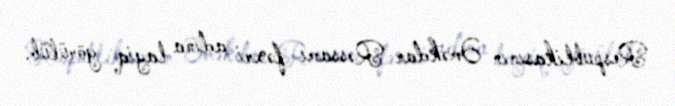
Respublikasının Əməkdar Rəssamı fəxri adına layiq görülüb.